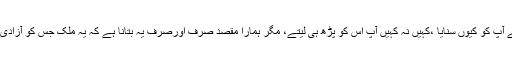
یہ ساری کہانی، یہ پورا قصہ ہم نے آپ کو کیوں سنایا ،کہیں نہ کہیں آپ اس کو پڑھ ہی لیتے، مگر ہمارا مقصد صرف اورصرف یہ بتانا ہے کہ یہ ملک جس کو آزادی ملے تقریباً65 سال ہونے کو آئے ۔